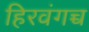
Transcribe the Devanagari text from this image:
हिरवंगच्च